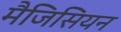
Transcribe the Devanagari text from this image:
मैजिसियन